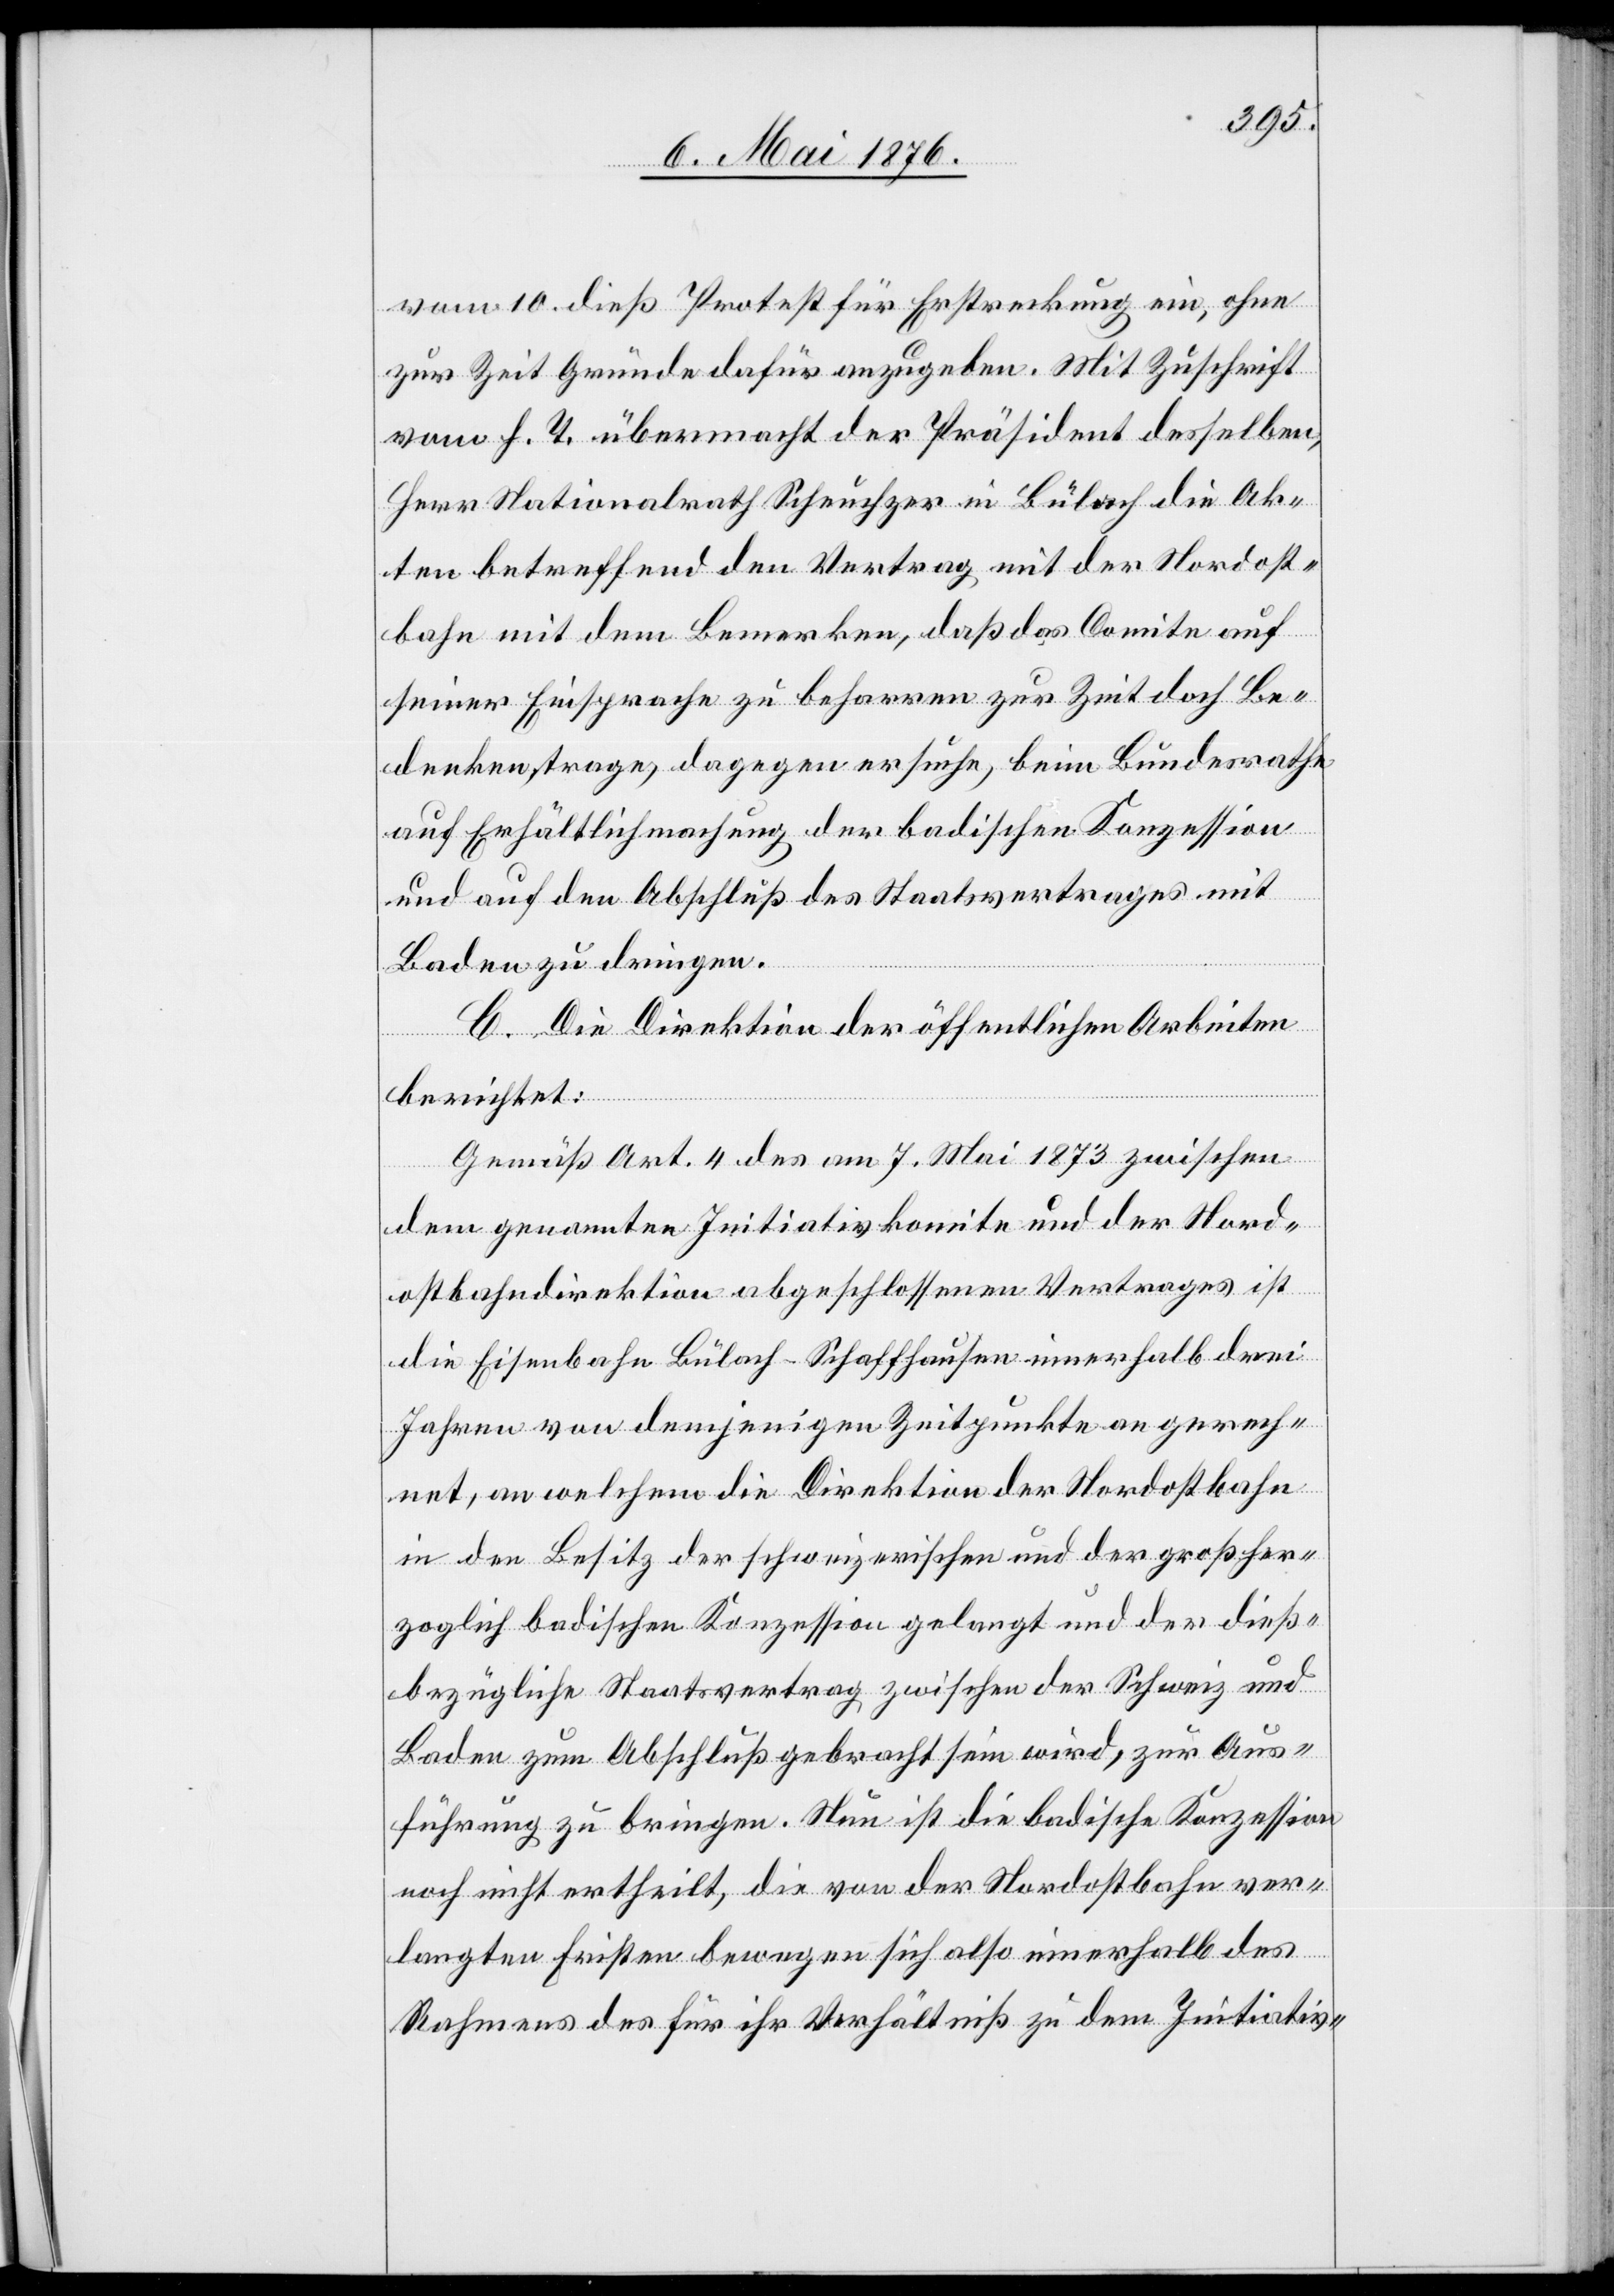
vom 10. dieß Protest für Erstreckung ein, ohne
zur Zeit Gründe dafür anzugeben. Mit Zuschrift
vom h. T. übermacht der Präsident desselben,
Herr Nationalrath Schüchzer in Bülach die Ak¬
ten betreffend den Vertrag mit der Nordost¬
bahn mit dem Bemerken, daß das Comite auf
seiner Einsprache zu beharren zur Zeit doch Be¬
denken trage, dagegen ersuche, beim Bundesrathe
auf Erhältlichmachung der badischen Konzession
und auf den Abschluß des Staatsvertrages mit
Baden zu dringen.
C. Die Direktion der öffentlichen Arbeiten
berichtet:
Gemäß Art. 4 des am 7. Mai 1873 zwischen
dem genannten Initiativkomite und der Nord¬
ostbahndirektion abgeschlossenen Vertrages ist
die Eisenbahn Bülach–Schaffhausen innerhalb drei
Jahren von demjenigen Zeitpunkte an gerech¬
net, an welchem die Direktion der Nordostbahn
in den Besitz der schweizerischen und der großher¬
zoglich badischen Konzession gelangt und der dieß¬
bezügliche Staatsvertrag zwischen der Schweiz und
Baden zum Abschluß gebracht sein wird, zur Aus¬
führung zu bringen. Nun ist die badische Konzession
noch nicht ertheilt, die von der Nordostbahn ver¬
langten Fristen bewegen sich also innerhalb des
Rahmens des für ihr Verhältniß zu dem Initiativ-